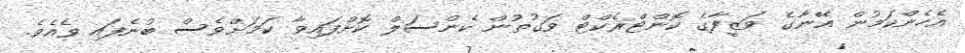
އެހެންކަމުން އޭނާގެ ވަޒީފާގެ ކޮންޓްރެކްޓް ވަގުތުން ކެންސަލް ކޮށްފައިވާ ކަމަށްވެސް ބުނެފައި ވެއެވެ.